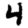
Digit: 4